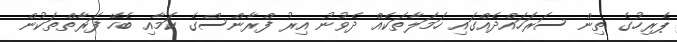
ޕެރިހުގެ ތިން ސަރަހައްދެއްގައި ހަމަލާތަކެއް ދެވުނު އިރު ފްރާންސްގެ ކަމާއި ބެހޭ ފަރާތްތަކުން